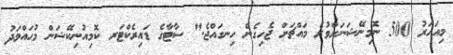
މިއަހަރު 500 ނޮމިނޭޝަނަށްވުރެ މައްޗަށް ޖެހިގެން ހިނގައްޖެ." ސާޓާގެ ޑައިރެކްޓަރ ކޮމިއުނިކޭޝަން މުޙައްމަދު